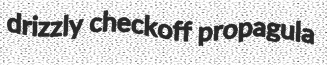
drizzly checkoff propagula